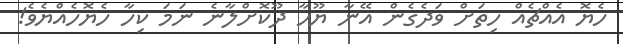
ހެޔޮ އެއްޗެއް ހިތަށް ވަދެގެން އޭނާ ޔޫހާ ދޫކޮށްލާނެ ނަމަ ކިހާ ހެޔޮހެއްޔެވެ!